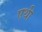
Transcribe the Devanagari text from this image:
एथी